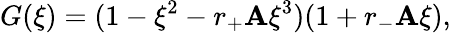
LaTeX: G(\xi)=(1-\xi^{2}-r_{+}\mathbf{A}\xi^{3})(1+r_{-}\mathbf{A}\xi),